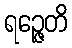
ရဉ္ဇေတိ